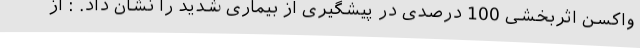
واکسن اثربخشی 100 درصدی در پیشگیری از بیماری شدید را نشان داد. : از